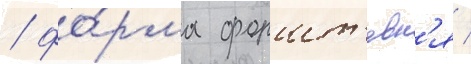
/ фо́рма форшт'евн'я /